Annual administration report of the Civil Veterinary Department of India - 1893-1894
Year: 1893
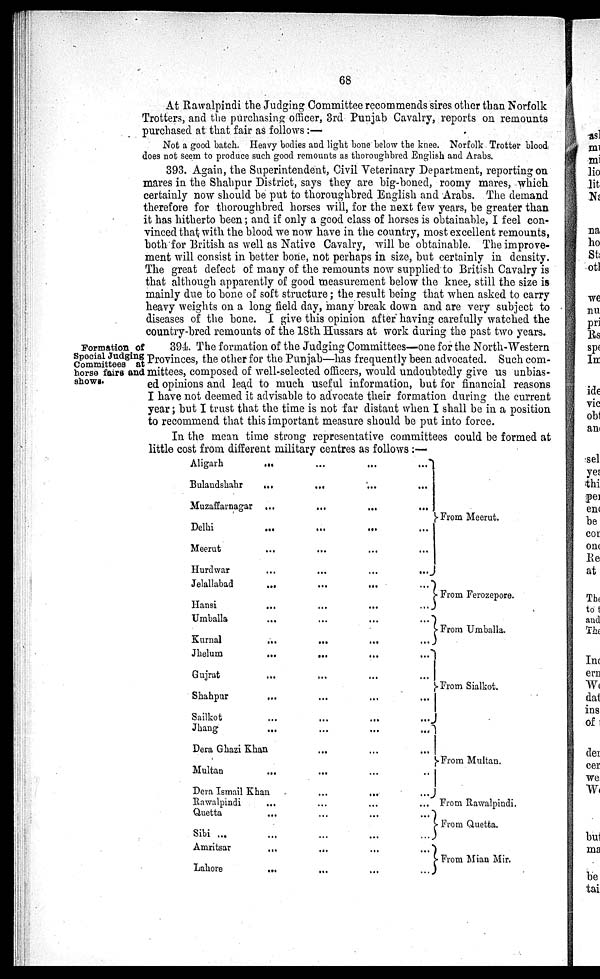
68
At Rawalpindi the Judging Committee recommends sires other than Norfolk
Trotters, and the purchasing officer, 3rd Punjab Cavalry, reports on remounts
purchased at that fair as follows:—
Not a good batch. Heavy bodies and light bone below the knee. Norfolk Trotter blood
does not seem to produce such good remounts as thoroughbred English and Arabs.
393. Again, the Superintendent, Civil Veterinary Department, reporting on
mares in the Shahpur District, says they are big-boned, roomy mares, which
certainly now should be put to thoroughbred English and Arabs. The demand
therefore for thoroughbred horses will, for the next few years, be greater than
it has hitherto been; and if only a good class of horses is obtainable, I feel con-
vinced that with the blood we now have in the country, most excellent remounts,
both for British as well as Native Cavalry, will be obtainable. The improve-
ment will consist in better bone, not perhaps in size, but certainly in density.
The great defect of many of the remounts now supplied to British Cavalry is
that although apparently of good measurement below the knee, still the size is
mainly due to bone of soft structure; the result being that when asked to carry
heavy weights on a long field day, many break down and are very subject to
diseases of the bone. I give this opinion after having carefully watched the
country-bred remounts of the 18th Hussars at work during the past two years.
Formation of
Special Judging
Committees at
horse fairs and
shows.
394. The formation of the Judging Committees—one for the North-Western
Provinces, the other for the Punjab—has frequently been advocated. Such com-
mittees, composed of well-selected officers, would undoubtedly give us unbias-
ed opinions and lead to much useful information, but for financial reasons
I have not deemed it advisable to advocate their formation during the current
year; but I trust that the time is not far distant when I shall be in a position
to recommend that this important measure should be put into force.
In the mean time strong representative committees could be formed at
little cost from different military centres as follows:—
Aligarh ... ... ... ...
Bulandshahr ... ... ... ...
Muzaffarnagar
...
...
...
...
Delhi ... ... ... ...
Meerut ... ... ... ...
Hurdwar ... ... ... ...
Jelallabad
...
...
...
...
Hansi ... ... ... ...
Umballa
...
...
...
...
Kurnal ... ... ... ... ...
Jhelum
... ... ... ... ...
Gujrat
...
...
...
...
...
Shahpur ... ... ... ... ...
Sailkot
...
...
...
...
Jhang ... ... ... ... ...
Dera Ghazi Khan ... ... ... ...
Multan ... ... ... ...
Dera Ismail Khan ... ... ... ...
Rawalpindi ... ... ... ...
Quetta
...
...
...
...
Sibi ... ... ... ... ...
Amritsar
...
...
...
...
Lahore ... ... ... ...
From Meerut.
From Ferozepore.
From Umballa.
From Sialkot.
From Multan.
From Rawalpindi.
From Quetta.
From Mian Mir.